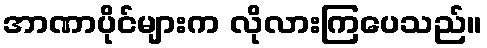
အာဏာပိုင်များက လိုလားကြပေသည်။